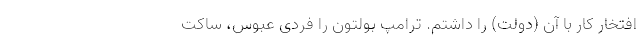
افتخار کار با آن (دولت) را داشتم. ترامپ بولتون را فردی عبوس، ساکت